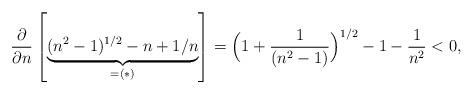
LaTeX: \begin{align*}\frac{\partial}{\partial n} \left[ \underbrace{(n^2-1)^{1/2}-n +1/n}_{=(*)} \right] & = \Big(1+\frac{1}{(n^2-1)}\Big)^{1/2} - 1 -\frac{1}{n^2}<0,\end{align*}